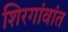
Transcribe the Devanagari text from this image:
शिरगांवांत